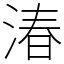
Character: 湷